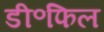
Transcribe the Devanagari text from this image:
डी॰फिल